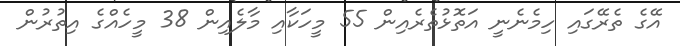
އޭގެ ތެރޭގައި ހިމެނެނީ އަތޮޅުތެރެއިން 55 މީހަކާއި މާލެއިން 38 މީހެއްގެ އިތުރުން